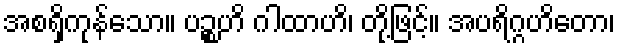
အစရှိကုန်သော။ ပဉ္စဟိ ဂါထာဟိ၊ တို့ဖြင့်။ အပရိဂ္ဂဟိတော၊